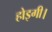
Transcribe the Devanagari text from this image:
होइगी।